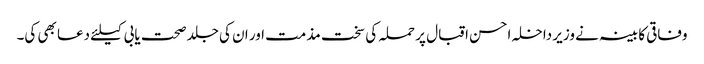
وفاقی کابینہ نے وزیر داخلہ احسن اقبال پر حملہ کی سخت مذمت اور ان کی جلد صحت یابی کیلئے دعا بھی کی۔